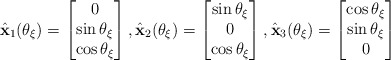
\begin{align*}\hat{\mathbf x}_1(\theta_\xi )=\begin{bmatrix}0\\ \sin \theta_\xi \\ \cos \theta_\xi\end{bmatrix},\hat{\mathbf x}_2(\theta_\xi )=\begin{bmatrix}\sin \theta_\xi\\ 0 \\ \cos \theta_\xi\end{bmatrix},\hat{\mathbf x}_3(\theta_\xi )=\begin{bmatrix} \cos \theta_\xi \\ \sin \theta_\xi \\ 0\end{bmatrix}\end{align*}